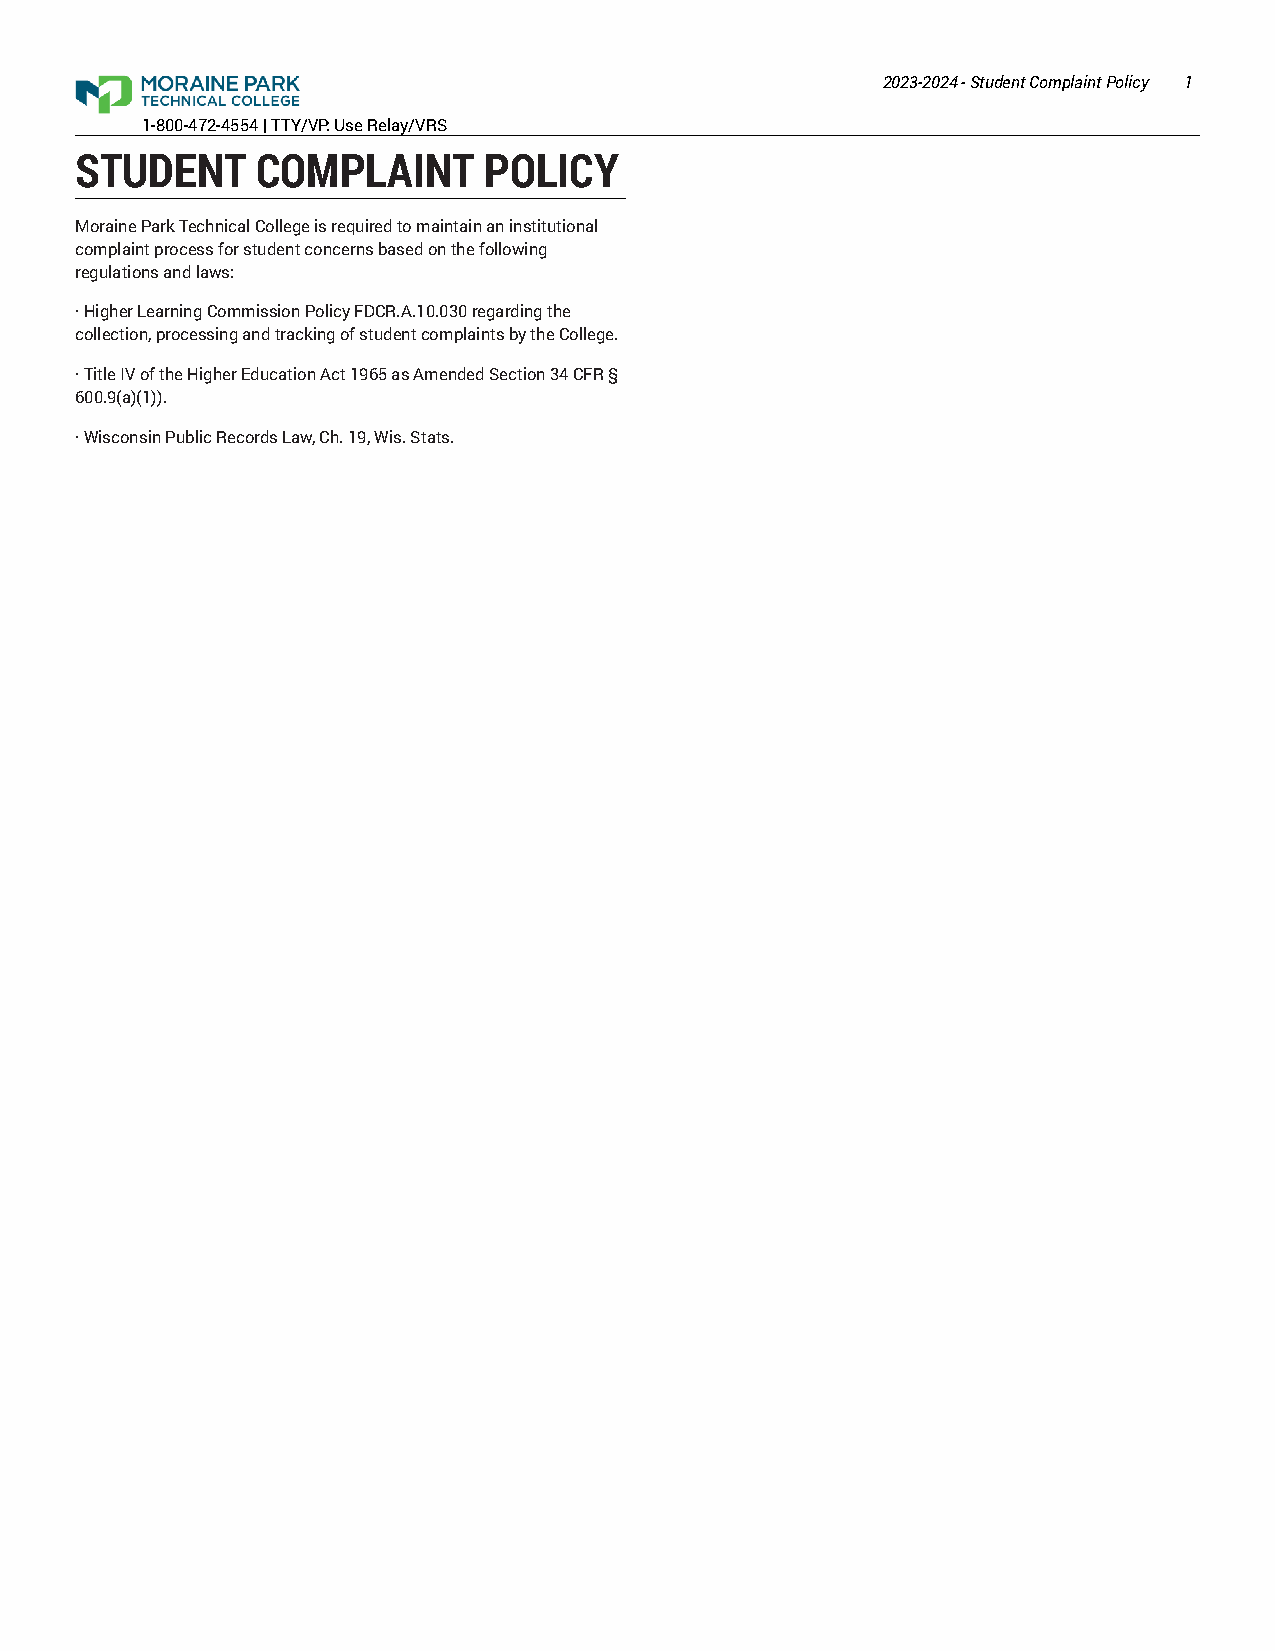
2023-2024 - Student Complaint Policy 1
 1-800-472-4554 | TTY/VP: Use Relay/VRS
 STUDENT     COMPLAINT      POLICY
 Moraine Park Technical College is required to maintain an institutional
 complaint process for student concerns based on the following
 regulations and laws:
 · Higher Learning Commission Policy FDCR.A.10.030 regarding the
 collection, processing and tracking of student complaints by the College.
 · Title IV of the Higher Education Act 1965 as Amended Section 34 CFR §
 600.9(a)(1)).
 · Wisconsin Public Records Law, Ch. 19, Wis. Stats.